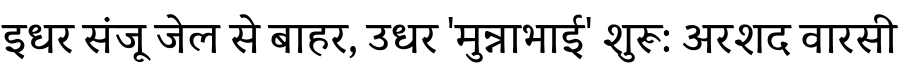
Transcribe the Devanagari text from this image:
इधर संजू जेल से बाहर, उधर 'मुन्नाभाई' शुरू: अरशद वारसी